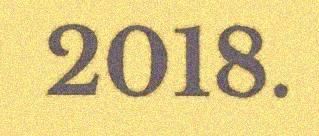
2018.